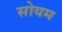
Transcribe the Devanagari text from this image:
सोयम